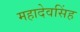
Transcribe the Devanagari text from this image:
महादेवसिंह